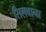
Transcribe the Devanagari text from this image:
सिलवाना